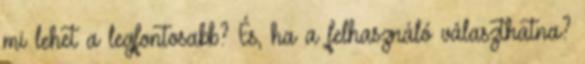
mi lehet a legfontosabb? És, ha a felhasználó választhatna?